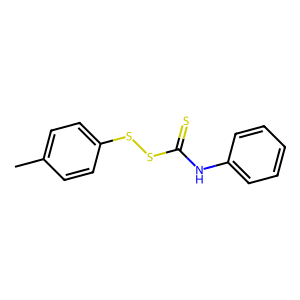
SMILES: Cc1ccc(SSC(=S)Nc2ccccc2)cc1
Inhibits HIV replication: No